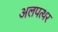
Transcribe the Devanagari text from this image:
अलपत्थर